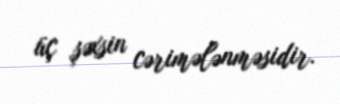
üç şəxsin cərimələnməsidir.